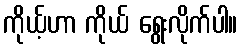
ကိုယ့်ဟာ ကိုယ် ရွေးလိုက်ပါ။